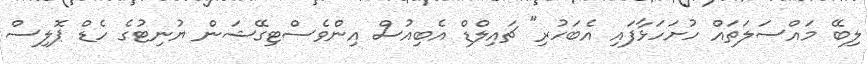
ލިބޭ މައްސަލަތައް ހުށަހަޅާފައި އެބަހުރި" ޗައިލްޑް އެބިއުސް އިންވެސްޓިގޭޝަން ޔުނިޓުގެ ހެޑް ޕޮލިސް